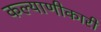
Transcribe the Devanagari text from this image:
कल्याणीकारी